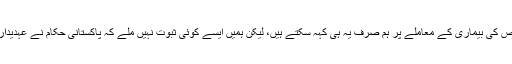
"کسی ایک شخص کی بیماری کے معاملے پر ہم صرف یہ ہی کہہ سکتے ہیں، لیکن ہمیں ایسے کوئی ثبوت نہیں ملے کہ پاکستانی حکام نے عہدیدار کو زہر دیا ہو۔